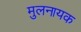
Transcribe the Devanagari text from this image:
मुलनायक